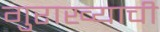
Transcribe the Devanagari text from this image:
गुराख्याची